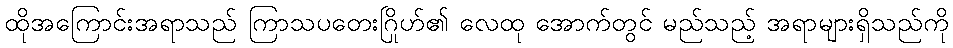
ထိုအကြောင်းအရာသည် ကြာသပတေးဂြိုဟ်၏ လေထု အောက်တွင် မည်သည့် အရာများရှိသည်ကို